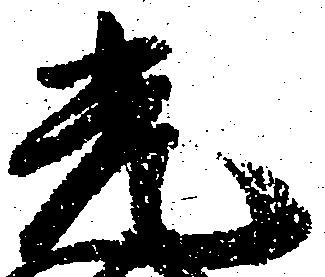
光